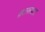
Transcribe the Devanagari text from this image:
व्रतरूपात